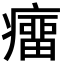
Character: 癅